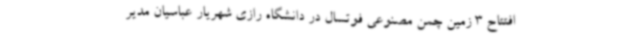
افتتاح 3 زمین چمن مصنوعی فوتسال در دانشگاه رازی شهریار عباسیان مدیر